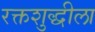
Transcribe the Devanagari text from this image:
रक्तशुद्धीला